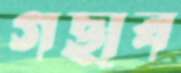
গছাব